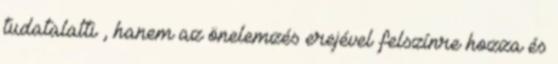
tudatalatti , hanem az önelemzés erejével felszínre hozza és